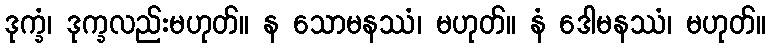
ဒုက္ခံ၊ ဒုက္ခလည်းမဟုတ်။ န သောမနဿံ၊ မဟုတ်။ နံ ဒေါမနဿံ၊ မဟုတ်။